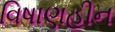
વિષાણહીન